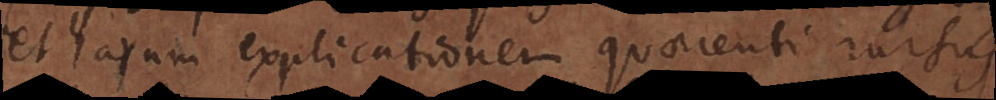
et harum explicationem quaerenti rursus